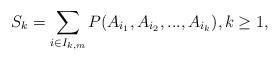
LaTeX: \begin{align*}S_{k}=\sum_{i\in I_{k,m}}P(A_{i_1},A_{i_2}, ...,A_{i_k}), k\ge 1,\end{align*}